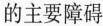
的主要障碍